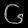
Digit: ၆